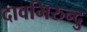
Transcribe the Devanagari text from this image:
दावमिरुन्दु